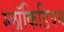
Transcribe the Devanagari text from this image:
ग्लॉकिडियम